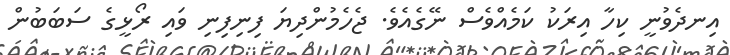
އިނދެވުނީ ކިހާ އިރަކު ކަމެއްވެސް ނޭގެއެވެ. ޖެހެމުންދިޔަ ފިނިފިނި ވައި ރޯޅީގެ ސަބަބުން